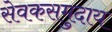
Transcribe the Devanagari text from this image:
सेवकसमुदाय